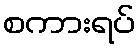
စကားရပ်